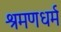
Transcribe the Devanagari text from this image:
श्रमणधर्म